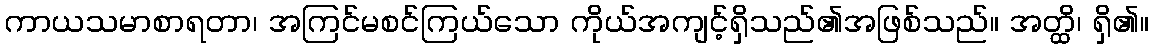
ကာယသမာစာရတာ၊ အကြင်မစင်ကြယ်သော ကိုယ်အကျင့်ရှိသည်၏အဖြစ်သည်။ အတ္ထိ၊ ရှိ၏။